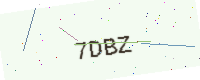
Text: 7DBZ